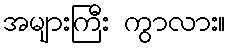
အများကြီး ကွာလား။